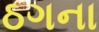
ઠગના